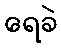
ရေခဲ